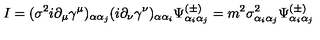
I = ( \sigma ^ { 2 } i \partial _ { \mu } \gamma ^ { \mu } ) _ { \alpha \alpha _ { j } } ( i \partial _ { \nu } \gamma ^ { \nu } ) _ { \alpha \alpha _ { i } } \Psi _ { \alpha _ { i } \alpha _ { j } } ^ { ( \pm ) } = m ^ { 2 } \sigma _ { \alpha _ { i } \alpha _ { j } } ^ { 2 } \Psi _ { \alpha _ { i } \alpha _ { j } } ^ { ( \pm ) }